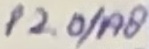
Text: P2.0/A8